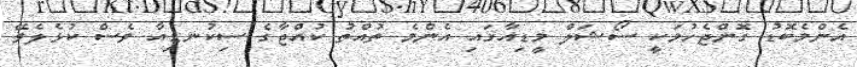
އެންމެބޮޑު ގޮންޖެހުމަކީ ސޯޝަލް މީޑިއާގައި އެންމެ ތުއްތު ކުއްޖާގެ ސިކުނޑިއާ ވެސް ކުޅެލެވޭ